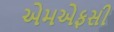
એમએફસી